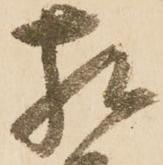
相